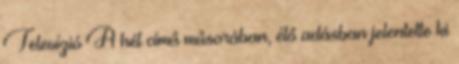
Televízió A hét című műsorában, élő adásban jelentette ki